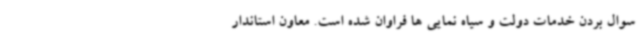
سوال بردن خدمات دولت و سیاه نمایی ها فراوان شده است. معاون استاندار